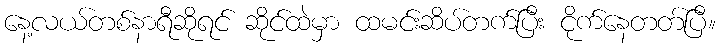
နေ့လယ်တစ်နာရီဆိုရင် ဆိုင်ထဲမှာ ထမင်းဆိပ်တက်ပြီး ငိုက်နေတတ်ပြီ။